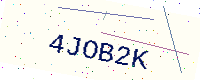
Text: 4JOB2K